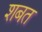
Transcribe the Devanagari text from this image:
शबत